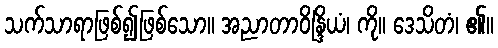
သက်သာရာဖြစ်၍ဖြစ်သော။ အညာတာဝိန္ဒြိယံ၊ ကို။ ဒေသိတံ၊ ၏။